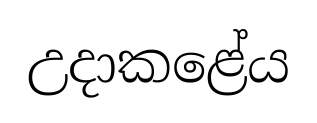
උදාකළේය